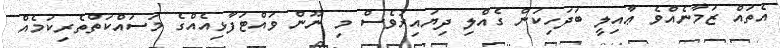
އެތައް ޒަމާނެއްވެ ޢާއިލީ ބަދަހިކަން ގެއްލި ދިޔައިރުވެސް މި ނޫން ވައްޓަފާޅިއެއްގެ މަސައްކަތްތެރިކަމެއް